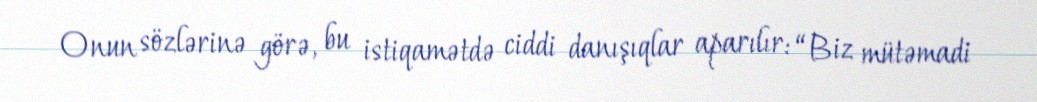
Onun sözlərinə görə, bu istiqamətdə ciddi danışıqlar aparılır: “Biz mütəmadi